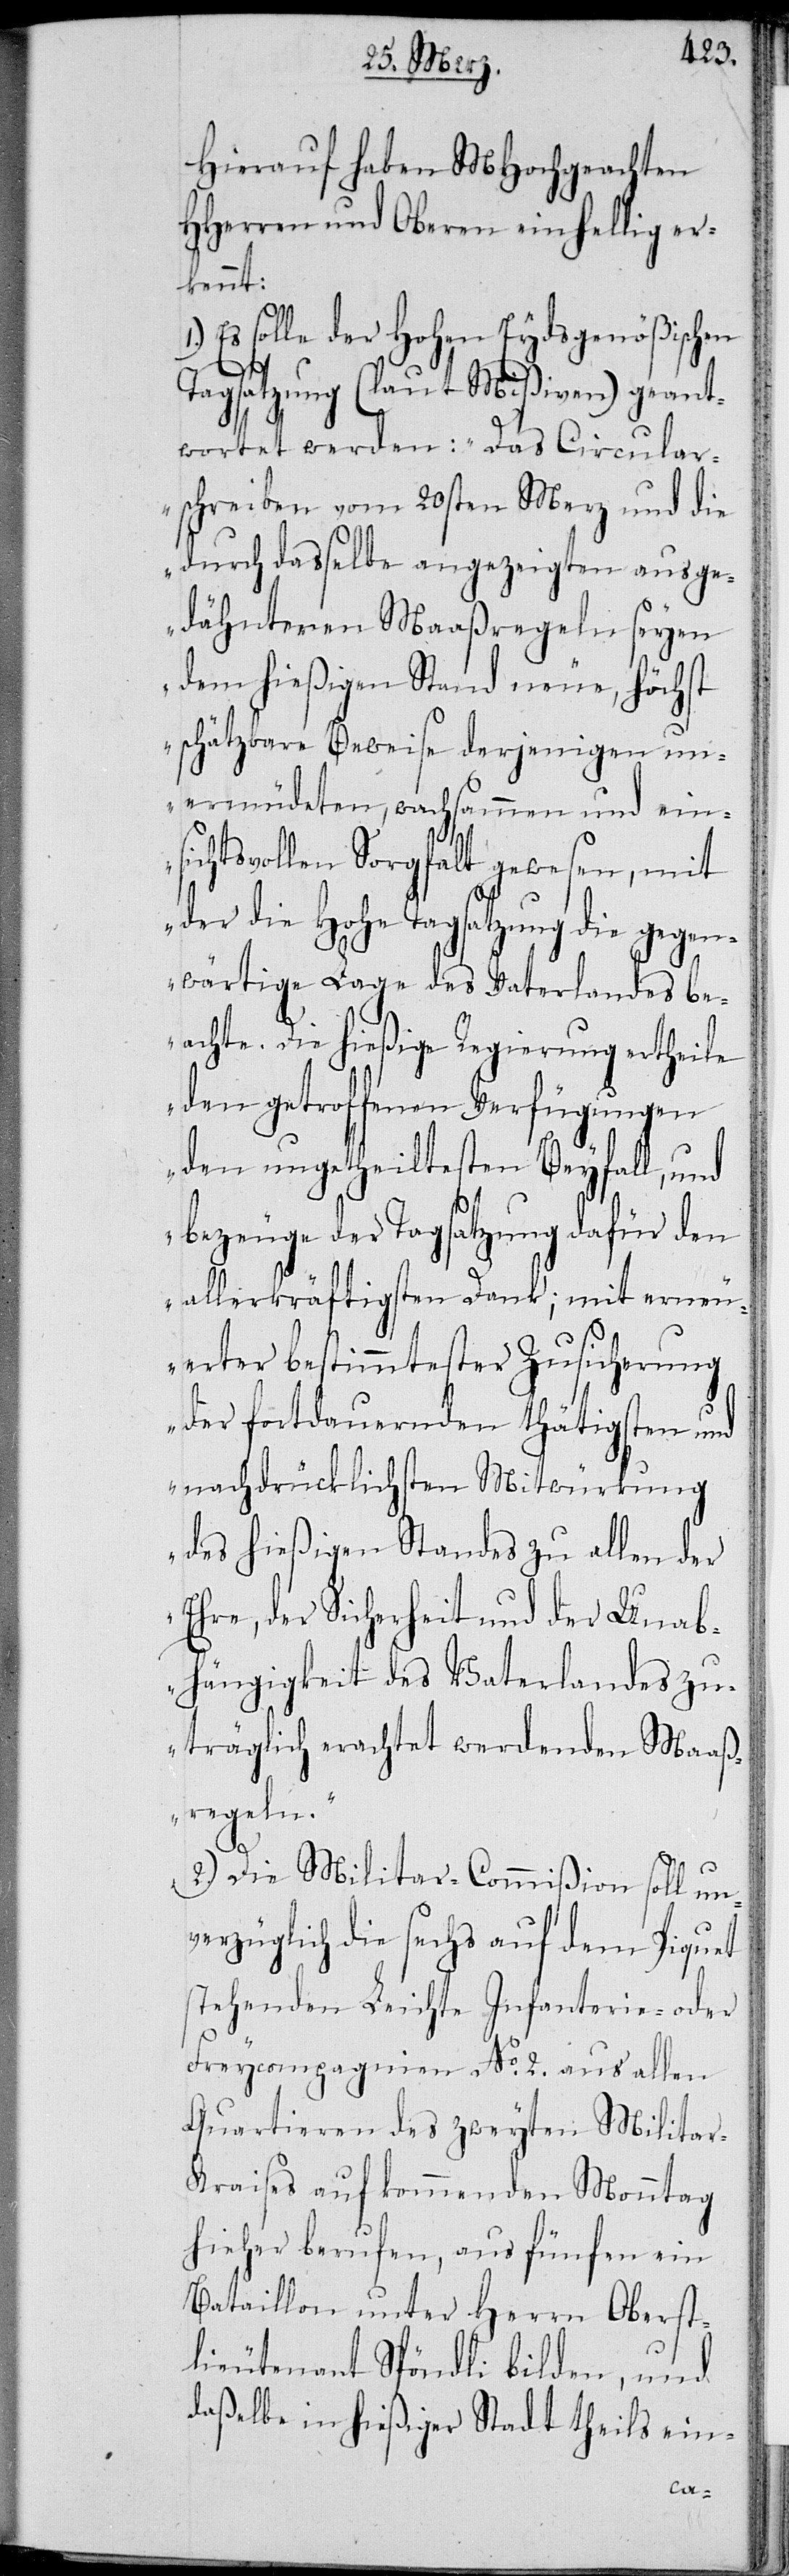
Hierauf haben MHochgeachten
HHerren und Oberen einhellig er¬
kannt:
Es solle der Hohen Eydsgenößischen
Tagsatzung (laut Mißiven) geant¬
wortet werden: „Das Circular¬
schreiben vom 20sten Merz und die
durch daßelbe angezeigten auge¬
dähnteren Maaßregeln seyen
dem hießigen Stand neue, höchst
schätzbare Beweise derjenigen un¬
ermüdeten, wachsammen und ein¬
sichtsvollen Sorgfalt gewesen, mit
der die Hohe Tagsatzung die
wärtige Lage des Vaterlandes be¬
achte. Die hießige Regierung ertheile
den getroffenen Verfügungen
den ungetheilten Beyfall, und
bezeuge der Tagsatzung dafür den
allerkräftigsten Dank; mit erneu¬
erter bestimmtester Zusicherung
der fortdauernden thätigsten und
nachdrücklichsten Mitwürkung
des hießigen Standes zu allen der
Ehre, der Sicherheit und der Unab¬
hängigkeit des Vaterlandes zu¬
träglich erachtet werdenden Maaß¬
regeln.“
2.) Die Militar-Commißion soll un¬
verzüglich die sechs auf dem Piquet
stehenden Leichte Infanterie- oder
Freicompagnien No. 2. aus allen
Quartieren des zweyten Milita¬
r-Kraises auf kommenden Monntag
hierher berufen, aus fünfen ein
Bataillon unter Herrn Oberst¬
lieutenant Spöndli bilden, und
daßelbe in hießiger Stadt theils ein-